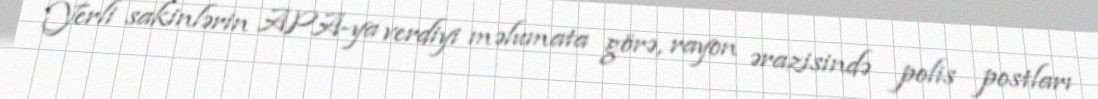
Yerli sakinlərin APA-ya verdiyi məlumata görə, rayon ərazisində polis postları